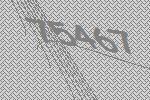
75467